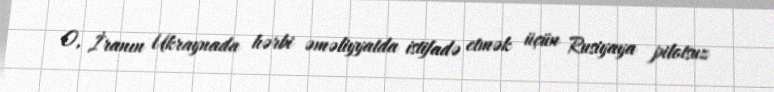
O, İranın Ukraynada hərbi əməliyyatda istifadə etmək üçün Rusiyaya pilotsuz